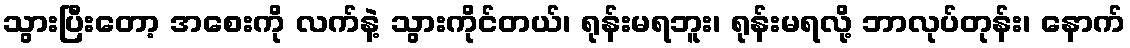
သွားပြီးတော့ အစေးကို လက်နဲ့ သွားကိုင်တယ်၊ ရုန်းမရဘူး၊ ရုန်းမရလို့ ဘာလုပ်တုန်း၊ နောက်